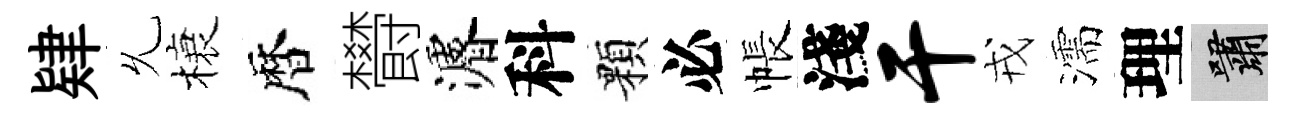
肄𠃔榱暦欎濬科顆必帳淺干戎濡理嘯